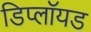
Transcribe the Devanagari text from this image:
डिप्लॉयड